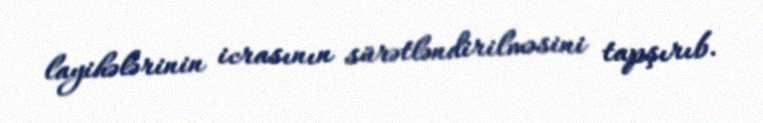
layihələrinin icrasının sürətləndirilməsini tapşırıb.